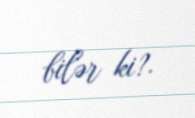
bilər ki?.